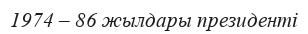
1974 – 86 жылдары президенті